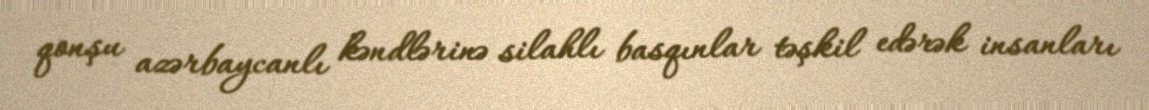
qonşu azərbaycanlı kəndlərinə silahlı basqınlar təşkil edərək insanları